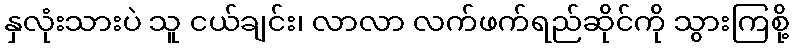
နှလုံးသားပဲ သူ ငယ်ချင်း၊ လာလာ လက်ဖက်ရည်ဆိုင်ကို သွားကြစို့